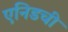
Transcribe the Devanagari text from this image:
एनिडची